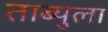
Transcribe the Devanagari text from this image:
ताब्युला